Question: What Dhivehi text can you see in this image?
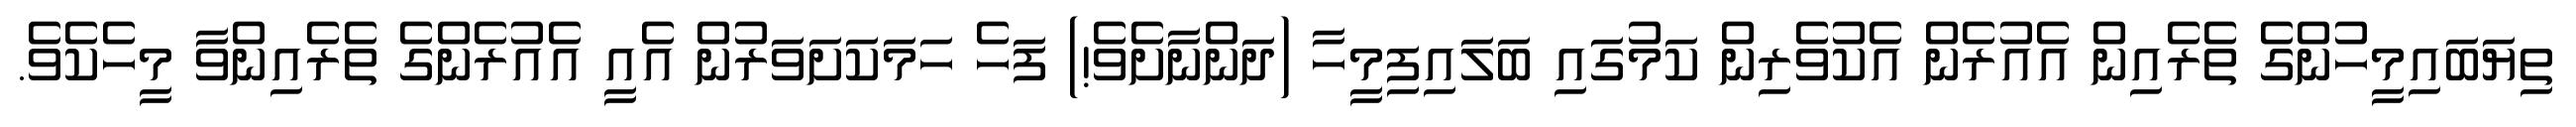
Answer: ތިޔަބައިމީހުންގެ ތެރެއިން އެއުރެން އެކުވެރިން ކަމުގައި ބަލައިފިމީހާ (ދަންނާށެވެ!) ފަހެ ހަމަކަށަވަރުން އެއީ އެއުރެންގެ ތެރެއިންވާ މީހެކެވެ.